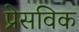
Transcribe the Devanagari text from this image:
प्रेसविक